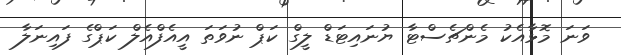
ވަނަ މޮޅާއެކު މެންޗެސްޓާ ޔުނައިޓަޑް ލީގް ކަޕް ނުވަތަ އީއެފްއެލް ކަޕްގެ ފައިނަލާ